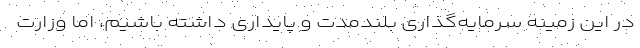
در این زمینه سرمایه‌گذاری بلندمدت و پایداری داشته باشیم، اما وزارت